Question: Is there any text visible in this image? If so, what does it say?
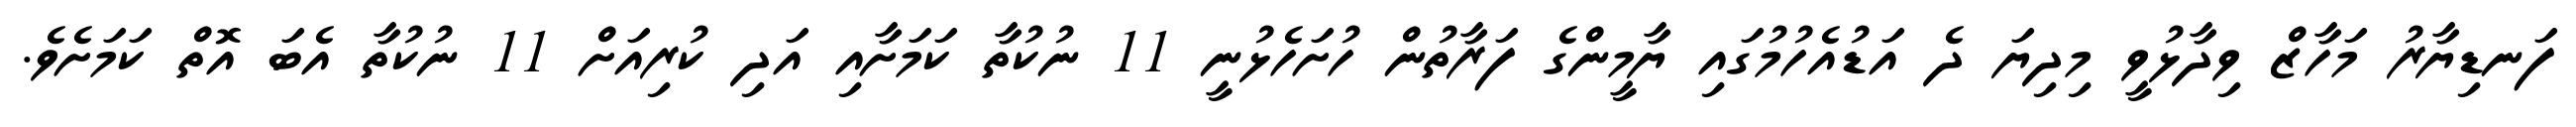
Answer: ފަނޑިޔާރު މަހާޒް ވިދާޅުވީ މިދިޔަ ދެ އަޑުއެހުމުގައި ޔާމީންގެ ފަރާތުން ހުށަހެޅުނީ 11 ނުކުތާ ކަމަށާއި އަދި ކުރިއަށް 11 ނުކުތާ އެބަ އޮތް ކަމަށެވެ.